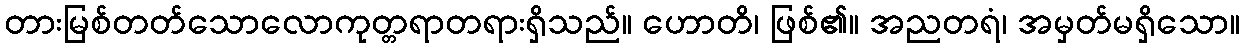
တားမြစ်တတ်သောလောကုတ္တရာတရားရှိသည်။ ဟောတိ၊ ဖြစ်၏။ အညတရံ၊ အမှတ်မရှိသော။